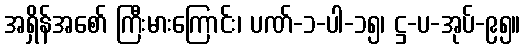
အရှိန်အစော် ကြီးမားကြောင်း၊ ပဏ်-၁-ပါ-၁၅၊ ဋ္ဌ-ပ-အုပ်-၉၅။